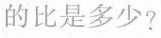
的比是多少?